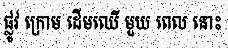
ផ្លូវ ក្រោម ដើមឈើ មួយ ពេល នោះ